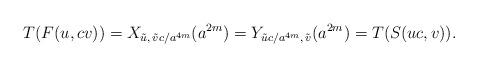
LaTeX: \begin{align*}T(F(u, cv)) = X_{\tilde u,\,\tilde v c/a^{4m}}(a^{2m}) = Y_{\tilde uc/a^{4m},\, \tilde v}(a^{2m}) = T(S(uc, v)). \end{align*}